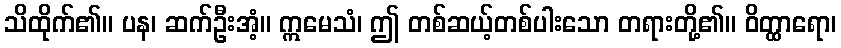
သိထိုက်၏။ ပန၊ ဆက်ဦးအံ့။ ဣမေသံ၊ ဤ တစ်ဆယ့်တစ်ပါးသော တရားတို့၏။ ဝိတ္ထာရော၊